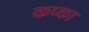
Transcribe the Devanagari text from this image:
कप्का